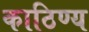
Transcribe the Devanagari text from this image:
काठिण्य